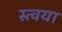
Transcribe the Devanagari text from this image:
स्त्वया